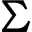
\Sigma